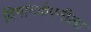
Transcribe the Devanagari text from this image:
विमानकंपनीला